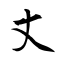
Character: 丈